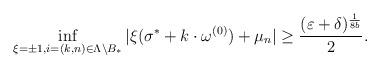
LaTeX: \begin{align*}\inf_{\xi=\pm1, i=(k,n)\in\Lambda\setminus B_*}|\xi(\sigma^*+k\cdot\omega^{(0)})+\mu_n|\geq \frac{(\varepsilon+\delta)^{\frac{1}{8b}}}{2}.\end{align*}